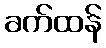
ခက်ထန်